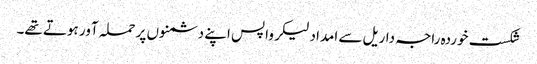
شکست خوردہ راجہ داریل سے امداد لیکر واپس اپنے دشمنوں پر حملہ آور ہوتے تھے۔